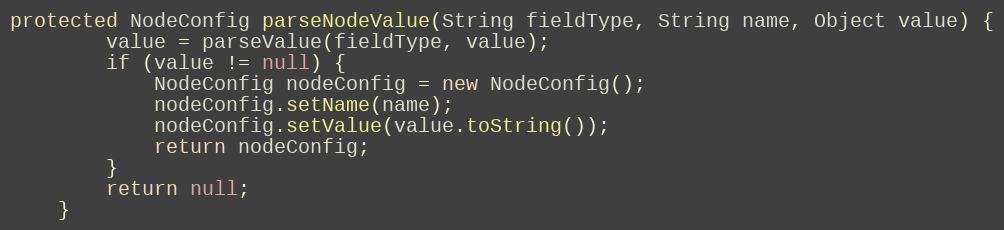
Language: Java
protected NodeConfig parseNodeValue(String fieldType, String name, Object value) {
		value = parseValue(fieldType, value);
		if (value != null) {
			NodeConfig nodeConfig = new NodeConfig();
			nodeConfig.setName(name);
			nodeConfig.setValue(value.toString());
			return nodeConfig;
		}
		return null;
	}